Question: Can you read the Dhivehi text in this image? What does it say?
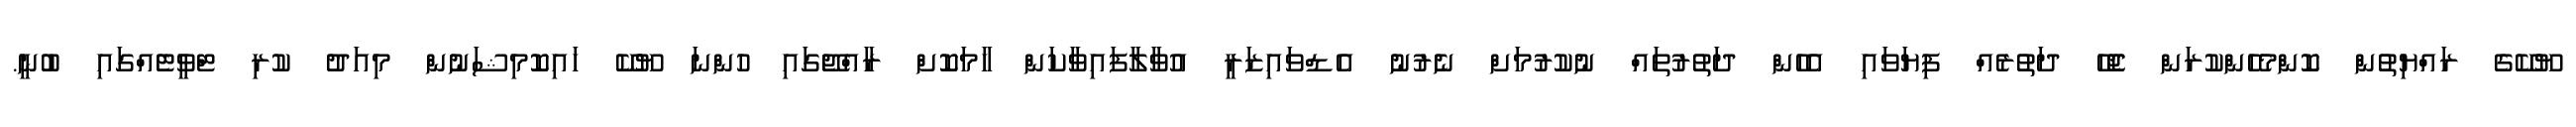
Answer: ޔޫކޭގެ ރައްޔިތުން ކޮންމެހެންކުރަން ޖެހޭ ދަތުރެއް ފިޔަވައި އެހެން ދަތުރުތައް ނުކުރުމަށް ނެރުނު އެޑްވައިޒަރީ އުވާލާފައިވާކަން ހާމަކޮށް ރާއްޖޭގައި ހުންނަ ޔޫކޭ ހައިކޮމިޝަނުން މިއަދު ކުރި ޓްވީޓެއްގައި ބުނީ.